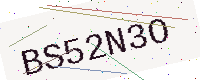
Text: BS52N3O